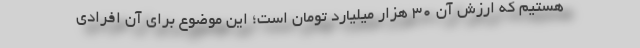
هستیم که ارزش آن ۳۰ هزار میلیارد تومان است؛ این موضوع برای آن افرادی